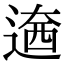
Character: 𨕏